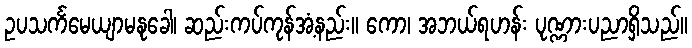
ဥပသင်္ကမေယျာမနုခေါ၊ ဆည်းကပ်ကုန်အံ့နည်း။ ကော၊ အဘယ်ရဟန်း ပုဏ္ဏားပညာရှိသည်။